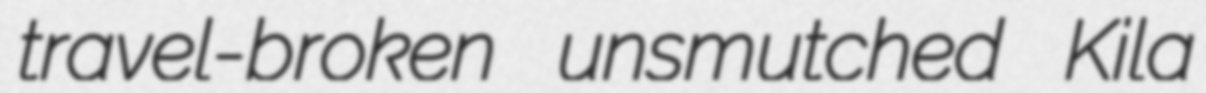
travel-broken unsmutched Kila